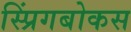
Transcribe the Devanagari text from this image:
स्प्रिंगबोकस